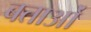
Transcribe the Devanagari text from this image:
बताओं